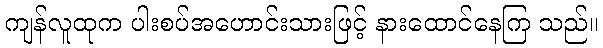
ကျန်လူထုက ပါးစပ်အဟောင်းသားဖြင့် နားထောင်နေကြ သည်။